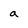
Character: a